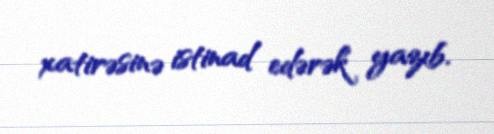
xatirəsinə istinad edərək yazıb.